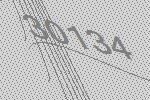
30134